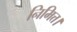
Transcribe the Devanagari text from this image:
निमित्त।